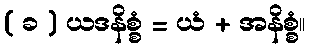
( ခ ) ယဒနိစ္စံ = ယံ + အနိစ္စံ။